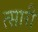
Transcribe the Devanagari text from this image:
त्सारी